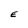
Character: E